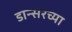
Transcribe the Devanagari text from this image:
डान्सरच्या